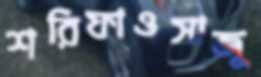
শরিফাওসাজু